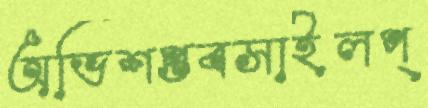
অভিশপ্তবসাইলপ্